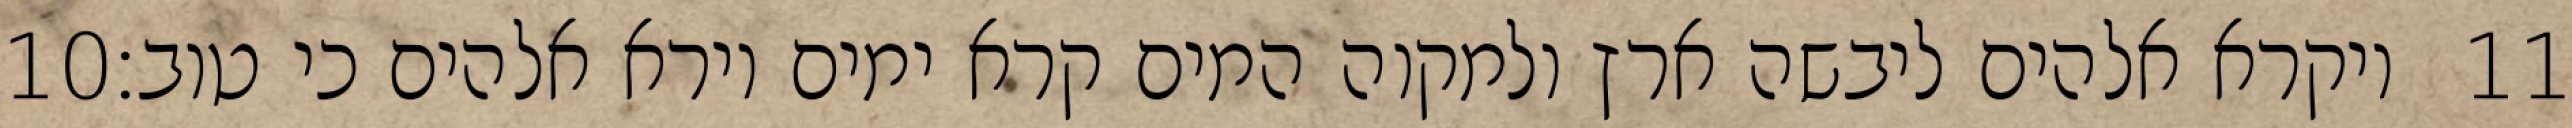
‎10‏ ויקרא אלהים ליבשה ארץ ולמקוה המים קרא ימים וירא אלהים כי טוב׃ ‎11‏